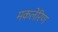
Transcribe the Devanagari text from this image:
मकलेरिण